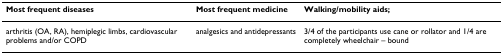
<table><thead><tr><td><b>Most frequent diseases</b></td><td><b>Most frequent medicine</b></td><td><b>Walking/mobility aids;</b></td></tr></thead><tbody><tr><td>arthritis (OA, RA), hemiplegic limbs, cardiovascular problems and/or COPD</td><td>analgesics and antidepressants</td><td>3/4 of the participants use cane or rollator and 1/4 are completely wheelchair – bound</td></tr></tbody></table>